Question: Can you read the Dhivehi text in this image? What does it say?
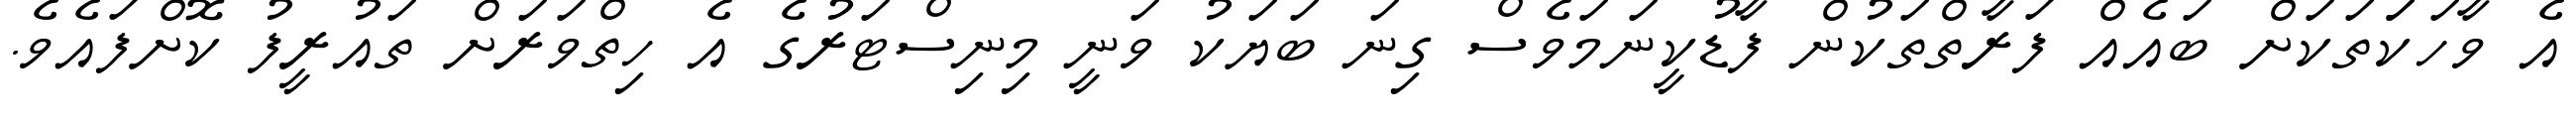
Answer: އެ ވާހަކަަތަކަށް ބައެއް ފަރާތްތަކުން ފާޑުކީނަމަވެސް ގިނަ ބަޔަކު ވަނީ މިނިސްޓަރުގެ އެ ހިތްވަރަށް ތައުރީފު ކޮށްފައެވެ.